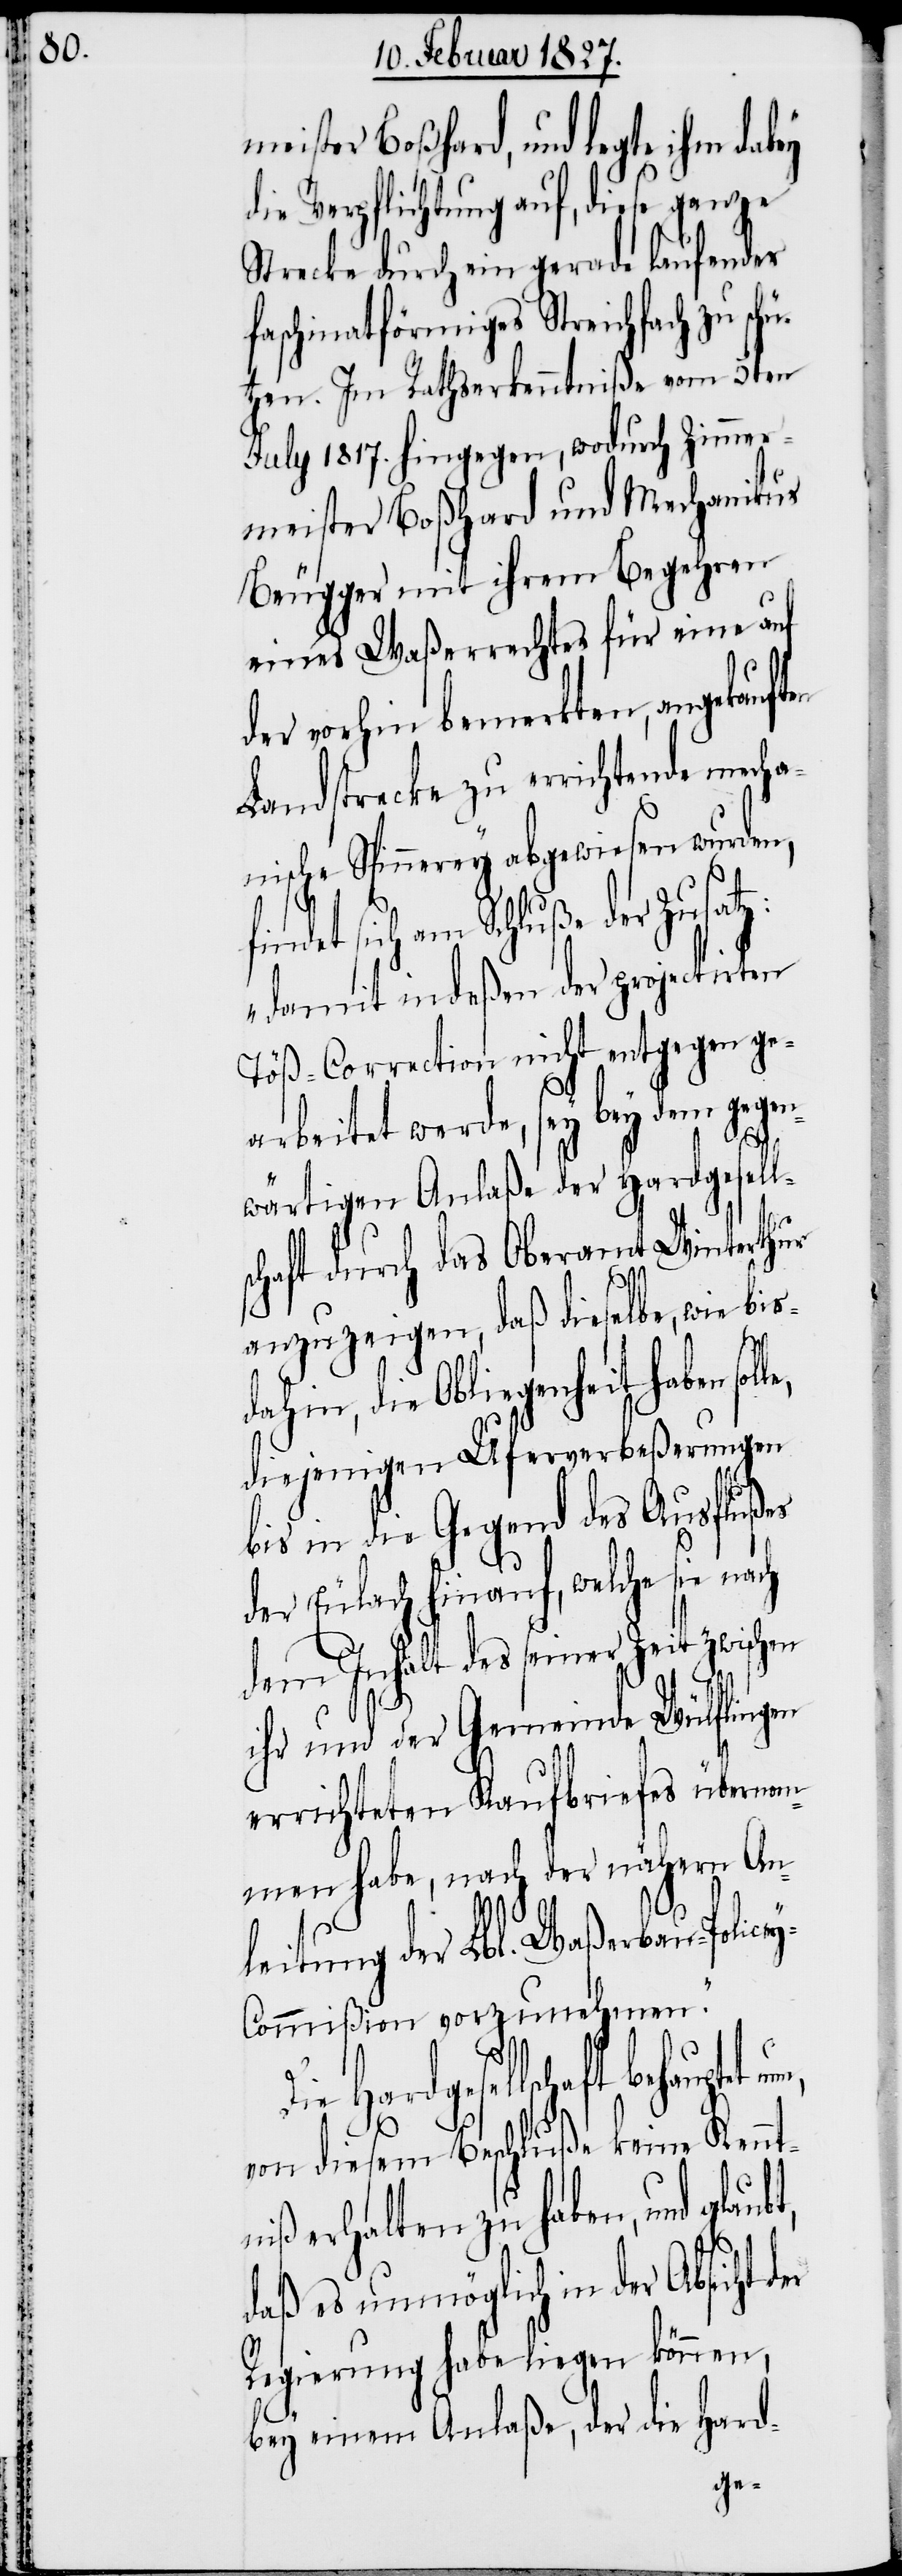
meister Boßhard, und legte ihm dabey
die Verpflichtung auf, diese ganze
Strecke durch ein gerade laufendes
faschinatförmiges Streichfach zu sc¬
tzen. Im Rathserkenntniße vom 5ten
July 1817. hingegen, wodurch Zimmer¬
meister Boßhard und Mechanikus
Beugger mit ihrem Begehren
eines Waßerrechtes für eine auf
der vorhin bemerkten, angekauften
Landstrecke zu errichtende mecha¬
nische Spinnerey abgewiesen wurden,
findet sich am Schluße der Zusatz:
„damit indeßen der projectirten
Töß-Correction nicht entgegen ge¬
arbeitet werde, sey bey dem gegen¬
hü¬
wärtigen Anlaße der Hardgesell¬
schaft durch das Oberamt Winterthur
anzuzeigen, daß dieselbe, wie bisd¬
ahin, die Obliegenheit haben
diejenigen Uferverbeßerungen
bis in die Gegend des Ausflußes
der Eulach hinauf, welche sie nach
dem Inhalt des seiner Zeit
ihr und der Gemeinde Wülflingen
errichteten Kaufbriefes übernom¬
men habe, nach der nähern An¬
leitung der Lbl. Waßerbau-Police¬
y-Commißion vorzunehmen.“
Hardgesellschaft behauptet
von diesem Beschluße keine Kennt¬
niß erhalten zu haben, und
daß es unmöglich in der Absicht
Regierung habe liegen können,
bey einem Anlaße, der die Hard-